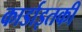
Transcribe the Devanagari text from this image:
कार्डाइतकी